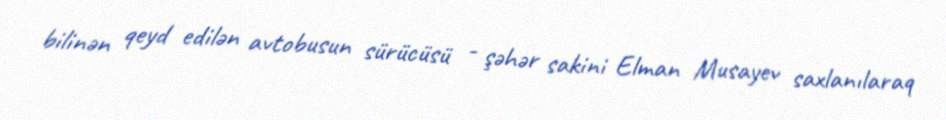
bilinən qeyd edilən avtobusun sürücüsü - şəhər sakini Elman Musayev saxlanılaraq